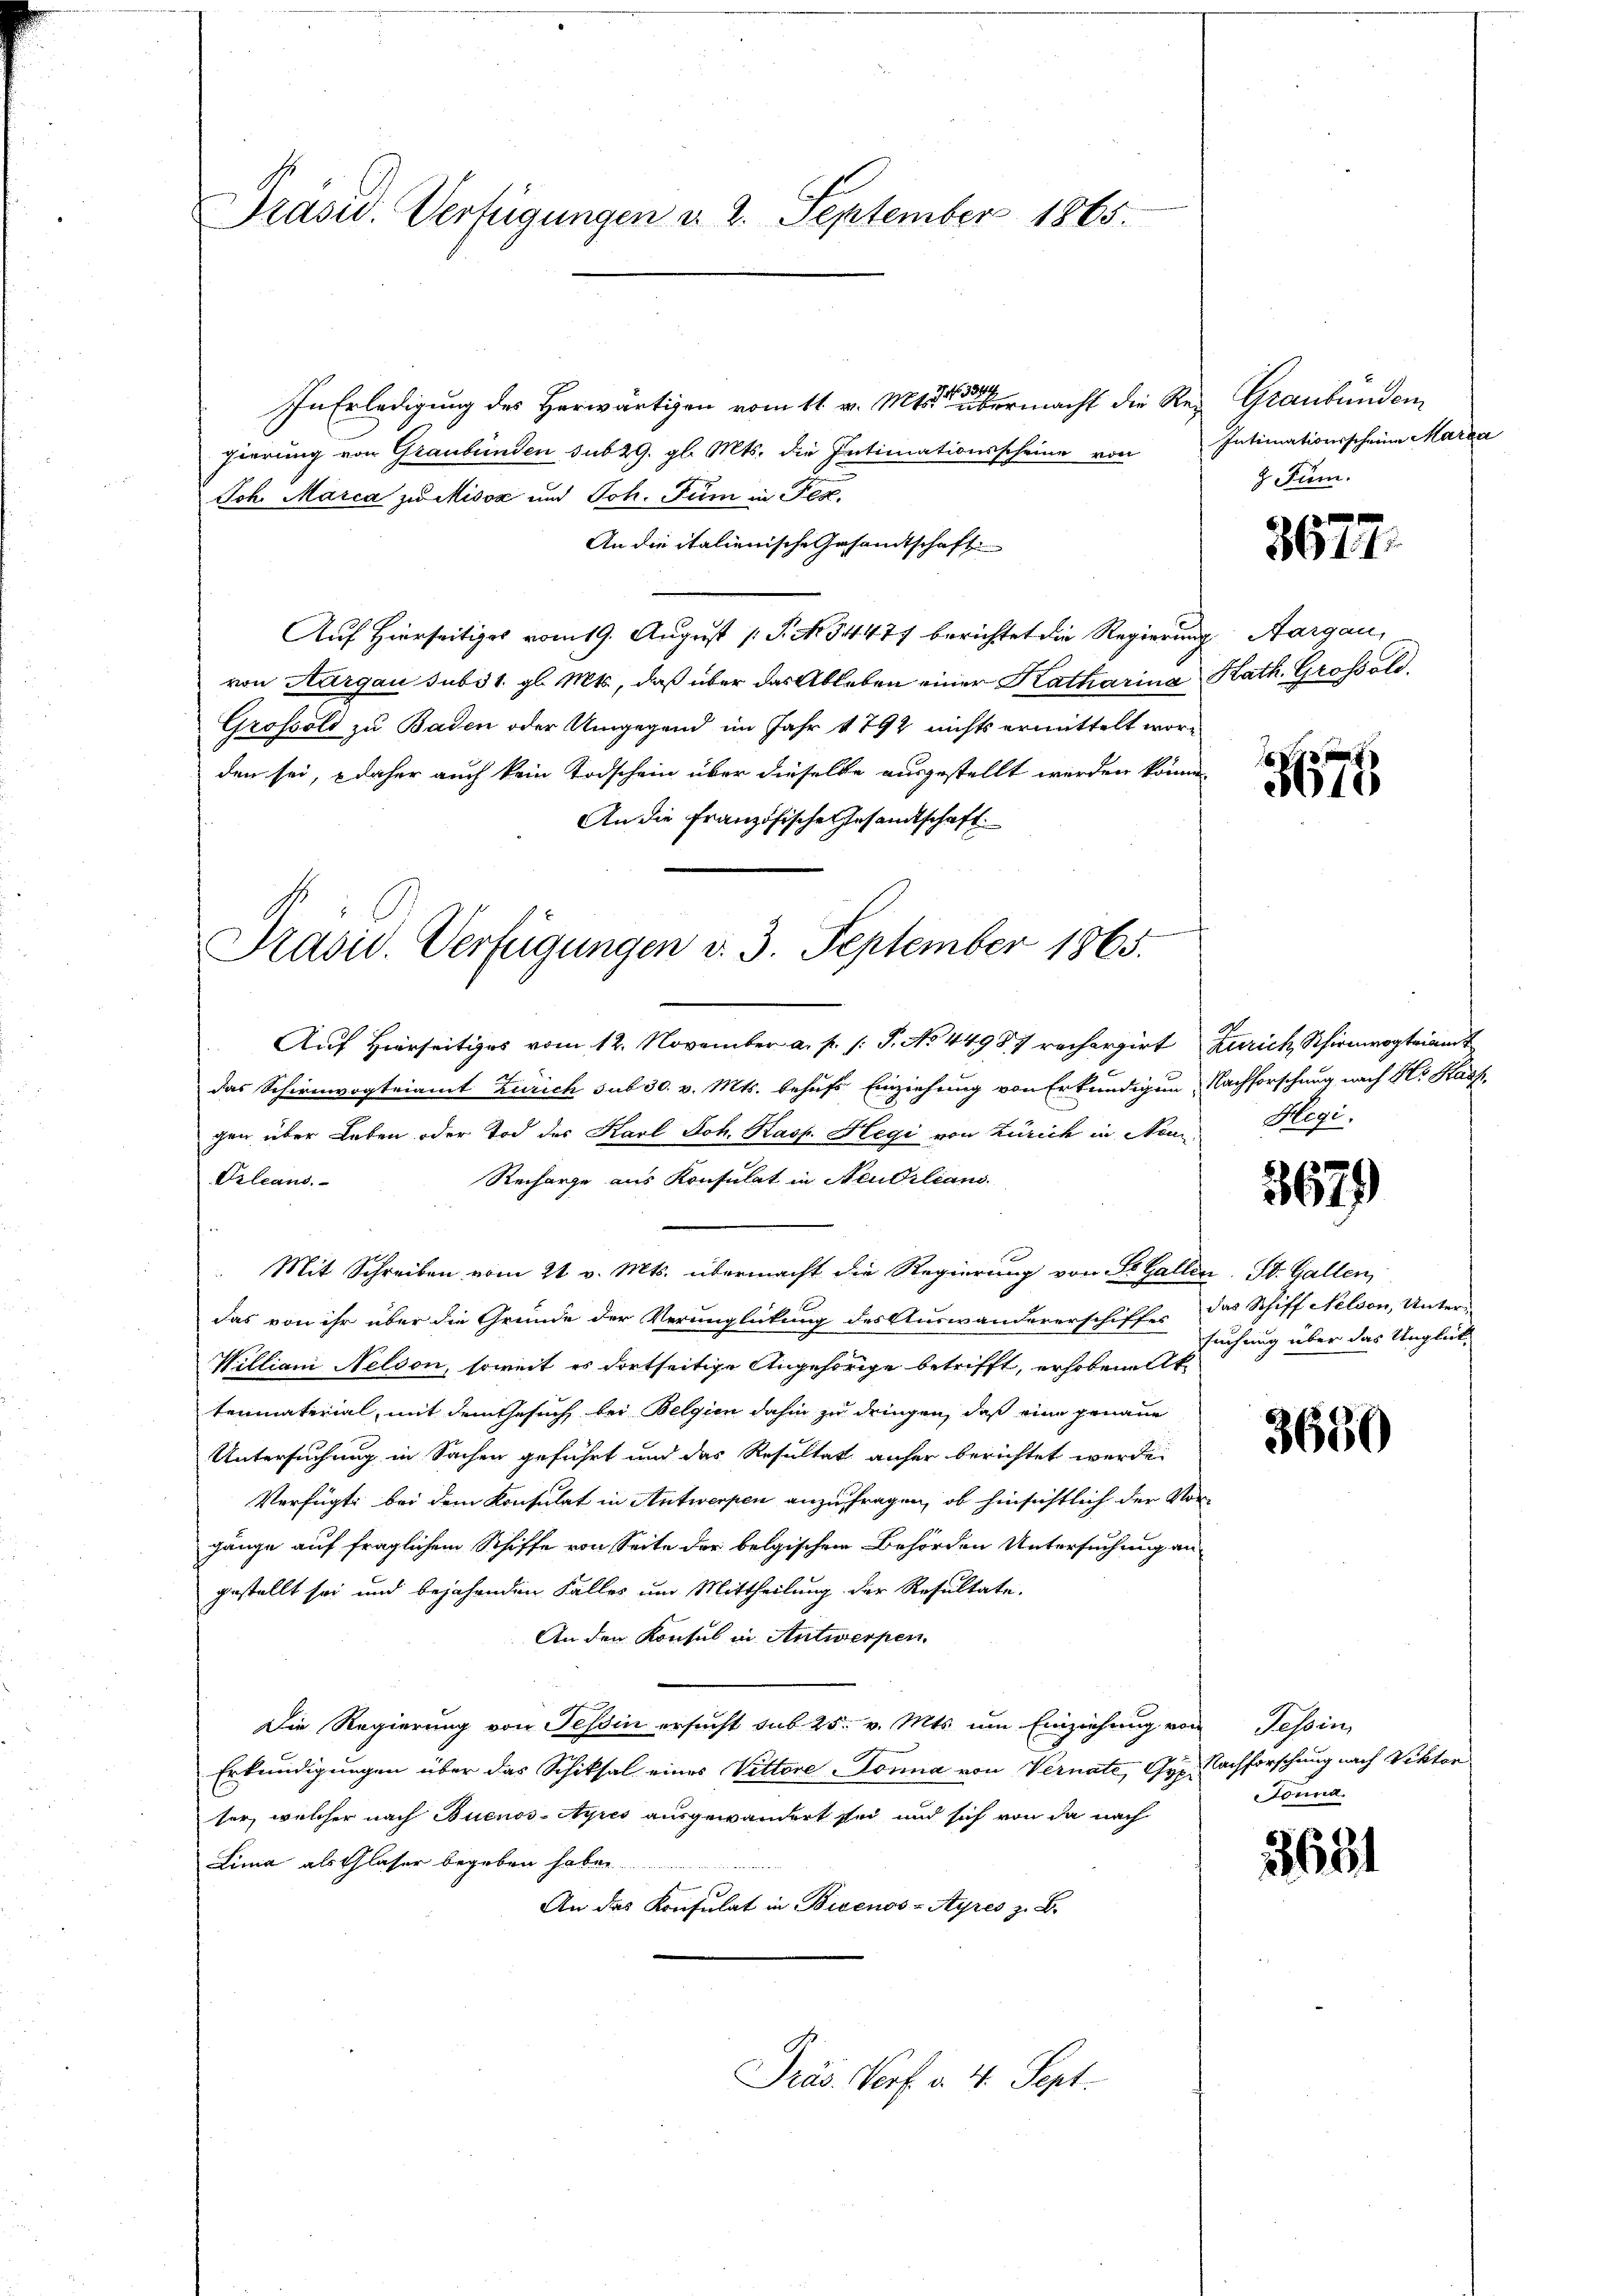
Präsid.. Verfügungen d. 2. September 1865.

In Erledigung des Herwärtigen vom 11. v. Mts. stet ermacht die Rez Graubünden
gierung von Graubünden sub 29. gl. Mts. die Intimationsscheine von Intimationsscheine Maria
Joh. Marca zu Misox und Joh. Für in Fes
An die italienische Gesandtschaft
Auf Hierseitiges vom 19. August 1 S. No 54477 berichtet die Regierung Aargau,
von Aargau subs 1. gl. Mts., daß über das Ableben einer Katharina Kath. Großsold.
Grossold zu Baden oder Umgegend im Jahr 1792 nichts ermittelt worden sei, e daher auch kein Todschein über dieselbe ausgestellt werden können
An die Französische Gesandtschaft.

Präsid. Verfügungen d. 3. September 1865.

Auf Hierseitiges vom 12. November a. p. s. S. No 44987 rechergirt Zürich, Schirmvogteiamt
das Schirmvogteiamt Zürich sub 30. v. Mts. behufs Einziehung von Erkundigung, Nachforschung nach Hr. Kauf
gen über Leben oder Tod des Karl Joh. Kasp. Hegi von Zürich in Neu¬
Orleans
Recharge aus Konsulat in Neubrlians
 Mit Schreiben vom 21. v. Mts. übermacht die Regierung von St. Gallen. St. Gallen,
das von ihr über die Grunde der Verunglickung des Auswandererschiffes
Williani Neldon, soweit es dortseitige Angehörige betrifft, erhoben Ak
tenmaterial, mit dem Gesuch bei Belgien dahin zu dringen, daß eine genaue
Untersuchung in Sachen geführt und das Resultat anfer berichtet werde.
Verfügt: bei dem Konsulat in Antwerpen anzufragen, ob hinsichtlich der Vor-
gänge auf fraglichem Schiffe von Seite der belgischen Behörden Untersuchung an-
gestellt sei und bejahenden Falles um Mittheilung der Resultate.
An den Konsul in Antwerfen.
Die Regierung von Tessin ersucht sub 25. v. Mts. um Einziehung von Tessin,
Erkundigungen über das Schiksal eines Vittore donna von Vernate, Gypiser, welcher nach Buenos-Ayres ausgewandert sei und sich von da nach
Lima als Glaser begeben habe.
An das Konsulat in Buenos-Ayres z. B.
Präs. Vorf. v. 4. Sept.

z. Jun.

3672.

4
040

Hegi.

3679

das Schiff Nelson, Unter
suchung über das Unglück¬

3680

Nachforschung nach Rektor
Sonna.

3631